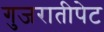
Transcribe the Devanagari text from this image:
गुजरातीपेट